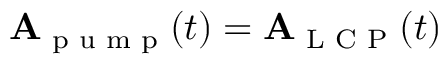
\mathbf { A } _ { \textrm { p u m p } } ( t ) = \mathbf { A } _ { \textrm { L C P } } ( t )